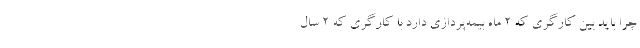
چرا باید بین کارگری که ۲ ماه بیمه‌پردازی دارد با کارگری که ۲ سال